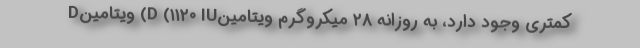
کمتری وجود دارد، به روزانه ۲۸ میکروگرم ویتامینD (۱۱۲۰ IU) ویتامینD